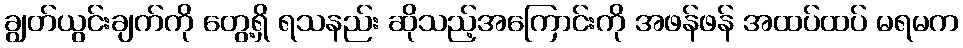
ချွတ်ယွင်းချက်ကို တွေ့ရှိ ရသနည်း ဆိုသည့်အကြောင်းကို အဖန်ဖန် အထပ်ထပ် မရမက